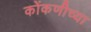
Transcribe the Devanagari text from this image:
कोंकणीच्या